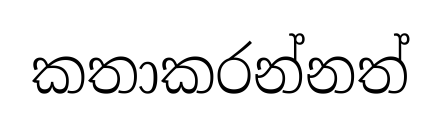
කතාකරන්නත්